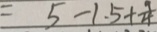
= 5 - 1 . 5 + \frac { 9 } { 4 }